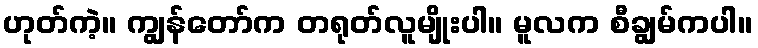
ဟုတ်ကဲ့။ ကျွန်တော်က တရုတ်လူမျိုးပါ။ မူလက စီချွမ်ကပါ။